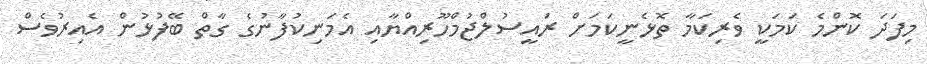
މިފަދަ ކޮންމެ ކަމަކީ ވެރިކަމާ ތޮޅެނީކަމަށް ރައީސުލްޖުމްހޫރިއްޔާއި އެމަނިކުފާނުގެ ގާތް ބޭފުޅުން އެއިރުވެސް